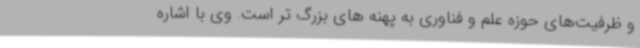
و ظرفیت‌های حوزه علم و فناوری به پهنه های بزرگ تر است. وی با اشاره